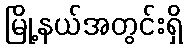
မြို့နယ်အတွင်းရှိ